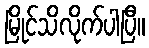
မြိုင်သိလိုက်ပါပြီ။